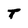
Character: T